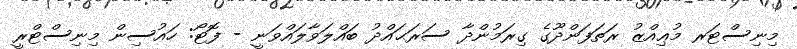
މިނިސްޓަރ މުޢިއްޒު ރަތަފަންދޫގެ ގިރަމުންދާ ސަރަޙައްދު ބައްލަވާލައްވަނީ - ފޮޓޯ: ހައުސިން މިނިސްޓްރީ